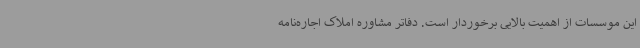
این موسسات از اهمیت بالایی برخوردار است. دفاتر مشاوره املاک اجاره‌نامه